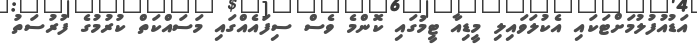
އަޑުއުފުލުމަށްޓަކައި އެކުލަވައިލި މީޑިއާ ޓީމުގައި ކޮންމެ ވެސް ސިފައެއްގައި މަސައްކަތް ކުރުމުގެ ފުރުސަތު